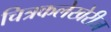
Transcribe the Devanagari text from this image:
चित्रकलेखेरीज